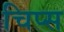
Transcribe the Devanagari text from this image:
चिप्‍स